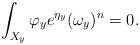
LaTeX: \begin{align*}\int_{X_y}\varphi_y e^{\eta_y}(\omega_y)^n=0.\end{align*}